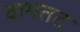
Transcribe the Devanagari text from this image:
वामतट